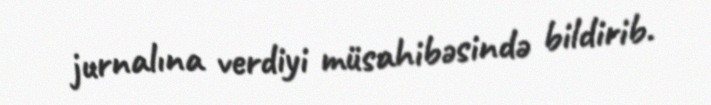
jurnalına verdiyi müsahibəsində bildirib.